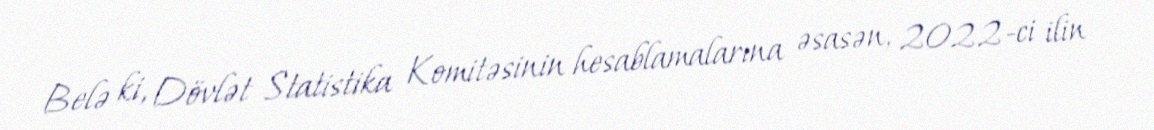
Belə ki, Dövlət Statistika Komitəsinin hesablamalarına əsasən, 2022-ci ilin